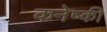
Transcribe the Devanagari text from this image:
कनेष्की